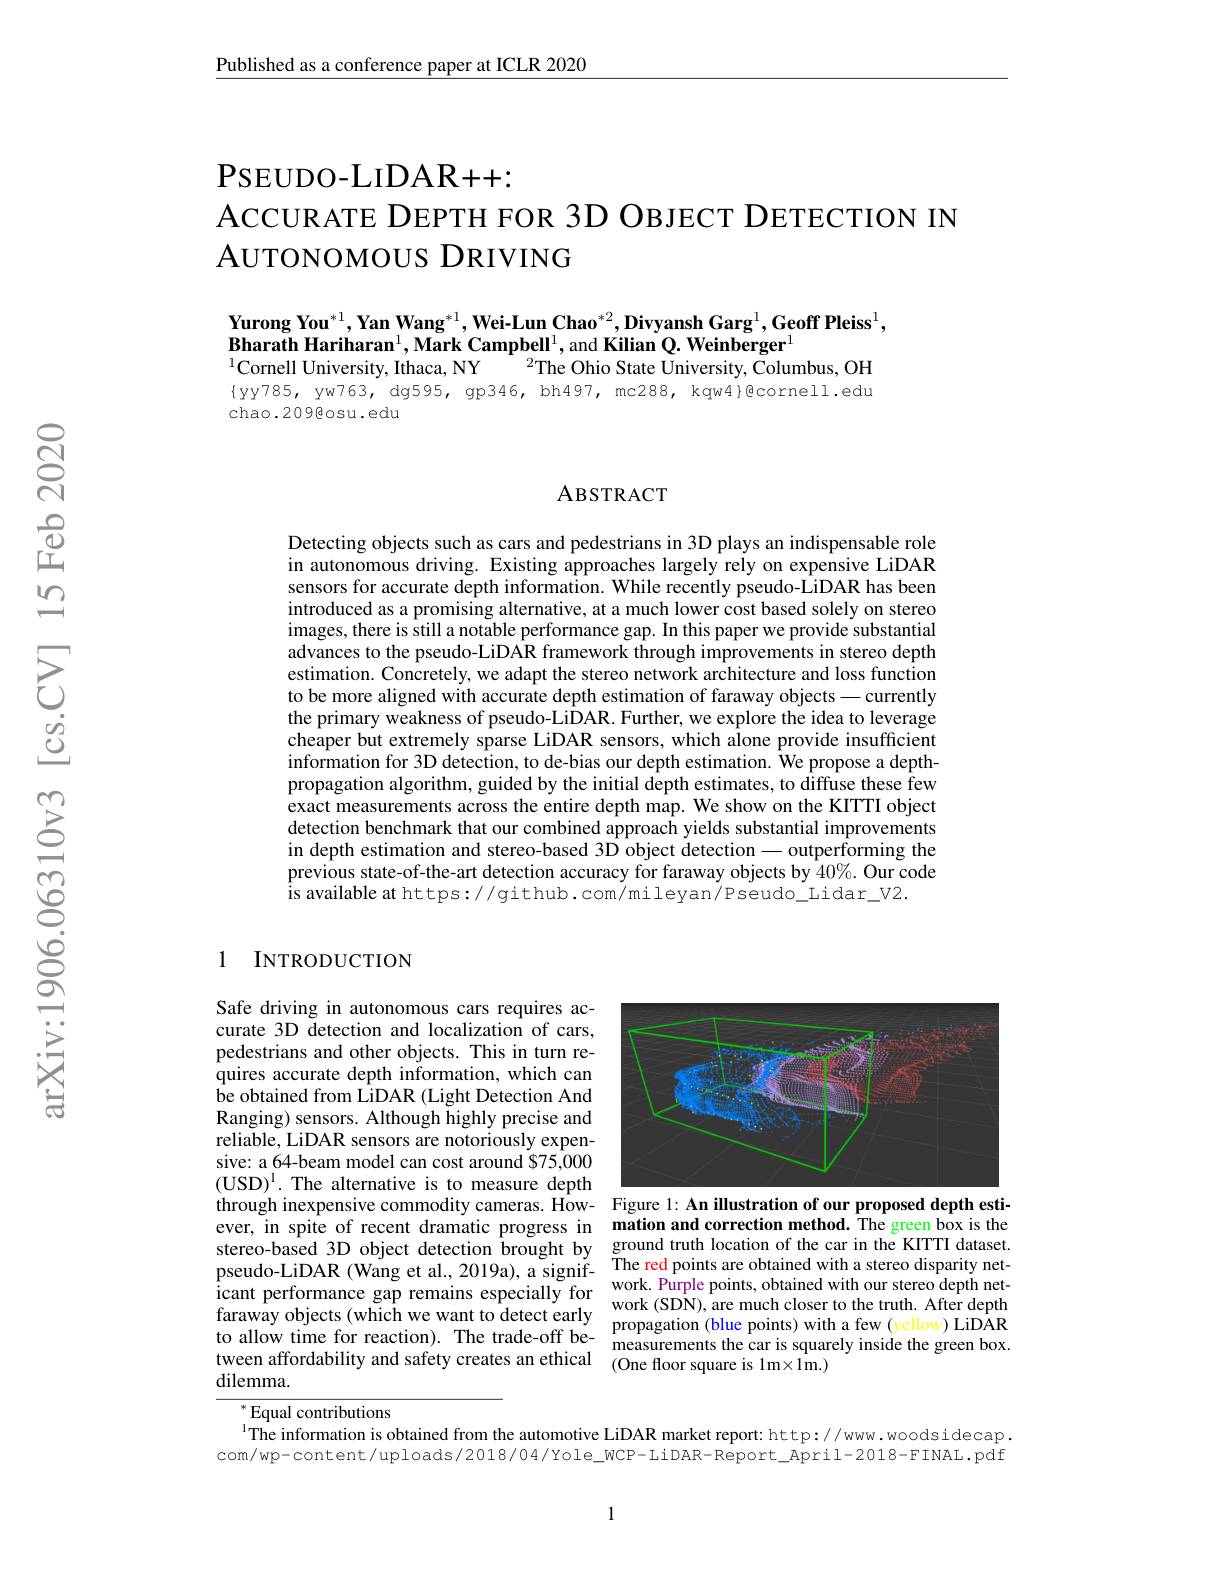
$\underline{\text{Published as a conference paper at ICLR 2020}}$

PSEUDO- LIDAR+ + :
ACCURATE DEPTH FOR 3D OBJECT DETECTION IN
AUTONOMOUS DRIVING

$\textbf{Yurong You}^{*1},\textbf{Yan Wang}^{*1},\textbf{Wei-Lun Chao}^{*2},\textbf{Divyansh Garg}^{1},\textbf{Geoff Pleiss}^{1}$,
Bharath Hariharan$^1$,Mark Campbell$^1$,and Kilian Q. Weinberger$^1$
$^{2}$The Ohio State University, Columbus, OH
$^{1}$Cornell University, Ithaca, NY
$\{yy785,yw763,dg595,gp346,bh497,mc288,kqw4\}@cornell.edu$
chao.209@osu.edu

### ABSTRACT

Detecting objects such as cars and pedestrians in 3D plays an indispensable role in autonomous driving. Existing approaches largely rely on expensive LiDAR sensors for accurate depth information. While recently pseudo-LiDAR has been introduced as a promising alternative, at a much lower cost based solely on stereo images, there is still a notable performance gap. In this paper we provide substantial advances to the pseudo-LiDAR framework through improvements in stereo depth estimation. Concretely, we adapt the stereo network architecture and loss function to be more aligned with accurate depth estimation of faraway objects— currently the primary weakness of pseudo-LiDAR. Further, we explore the idea to leverage cheaper but extremely sparse LiDAR sensors, which alone provide insufficient information for 3D detection, to de-bias our depth estimation. We propose a depthpropagation algorithm, guided by the initial depth estimates, to diffuse these few exact measurements across the entire depth map. We show on the KITTI object detection benchmark that our combined approach yields substantial improvements in depth estimation and stereo-based 3D object detection - outperforming the previous state-of-the-art detection accuracy for faraway objects by $40\%.$ Our code is available at https://github.com/mileyan/Pseudo\_Lidar\_V2.

1 INTRODUCTION

<FigureHere>

Safe driving in autonomous cars requires accurate 3D detection and localization of cars, pedestrians and other objects. This in turn requires accurate depth information, which can be obtained from LiDAR (Light Detection And Ranging) sensors. Although highly precise and reliable, LiDAR sensors are notoriously expensive: a 64-beam model can cost around $75,000 (USD)$^1.$ The alternative is to measure depth through inexpensive commodity cameras. How- Figure 1: An illustration of our proposed depth estiever, in spite of recent dramatic progress in mation and correction method. The green box is the stereo-based 3D object detection brought by ground truth location of the car in the KITTI dataset. pseudo-LiDAR (Wang et al., 2019a), a signif- $\begin{array}{cc}\text{The red points are obtained with a stereo disparity net-}\\\text{work.Purnle points.obtained with our stereo denth net-}\end{array}$ icant performance gap remains especially forwork. Purple points, obtained with our stereo depth net- faraway objects ( which we want to detect earlywork ( SDN) , are much closer to the truth. Affer depth to allow time for reaction) . The trad tween affordability and safety creates an ethical (One floor square is 1m$\times1$m.)
dilemma.

measurements the car is squarely inside the green box.

$^{*}$Equal contributions
$^{1}$The information is obtained from the automotive LiDAR market report: http://www.woodsidecap. com/wp-content/uploads/2018/04/Yole\_WCP-LiDAR-Report\_April-2018-FINAL.pdf

1